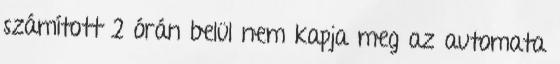
számított 2 órán belül nem kapja meg az automata